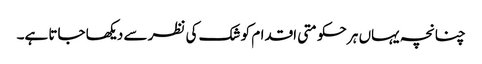
چنانچہ یہاں ہر حکومتی اقدام کو شک کی نظر سے دیکھا جاتا ہے۔